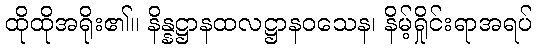
ထိုထိုအရိုး၏။ နိန္နဋ္ဌာနထလဋ္ဌာနဝသေန၊ နိမ့်ရှိုင်းရာအရပ်